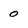
Character: 0